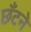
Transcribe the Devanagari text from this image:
छँटने